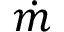
\dot { m }